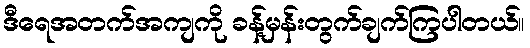
ဒီရေအတက်အကျကို ခန့်မှန်းတွက်ချက်ကြပါတယ်။